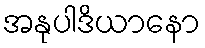
အနုပါဒိယာနော